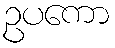
ဥပကော